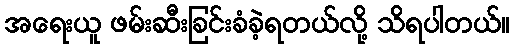
အရေးယူ ဖမ်းဆီးခြင်းခံခဲ့ရတယ်လို့ သိရပါတယ်။